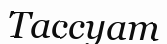
Тассуат